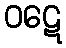
ဝဋေ